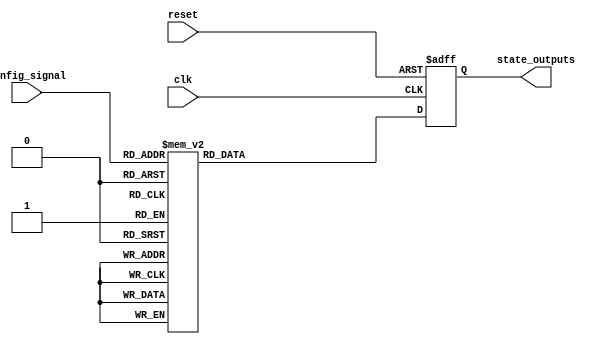
module ConfigurableInitialConditions #(
    parameter NUM_OUTPUTS = 8,  // Number of output signals
    parameter DEFAULT_STATE = 0  // Default state for reset
)(
    input  wire [3:0] config_signal,  // Config signal to select initial conditions
    input  wire clk,                   // Clock signal
    input  wire reset,                 // Reset signal (active high)
    output reg [NUM_OUTPUTS-1:0] state_outputs // State outputs
);

// Internal logic to define initial conditions based on config_signal
always @(posedge clk or posedge reset) begin
    if (reset) begin
        // Set outputs to default state on reset
        state_outputs <= DEFAULT_STATE;
    end else begin
        // Apply initial conditions based on config_signal
        case (config_signal)
            4'b0000: state_outputs <= 8'b00000000; // Condition 0
            4'b0001: state_outputs <= 8'b00000001; // Condition 1
            4'b0010: state_outputs <= 8'b00000010; // Condition 2
            4'b0011: state_outputs <= 8'b00000011; // Condition 3
            4'b0100: state_outputs <= 8'b00000100; // Condition 4
            4'b0101: state_outputs <= 8'b00000101; // Condition 5
            4'b0110: state_outputs <= 8'b00000110; // Condition 6
            4'b0111: state_outputs <= 8'b00000111; // Condition 7
            4'b1000: state_outputs <= 8'b11111111; // Condition 8
            // Add more conditions as needed
            default: state_outputs <= 8'b00000000; // Default case
        endcase
    end
end

endmodule